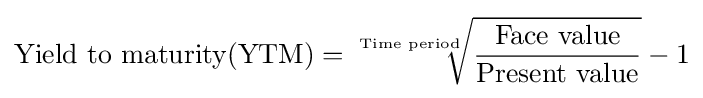
{\text{Yield to maturity(YTM)}}={\sqrt[{\text{Time period}}]{\dfrac {\text{Face value}}{\text{Present value}}}}-1